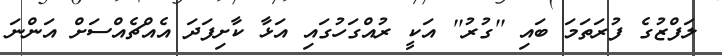
ލަފްޒުގެ ފުރަތަމަ ބައި ''ގުރު'' އަކީ ރުއްގަހުގައި އަޅާ ކާށިފަދަ އެއްޗެއްސަށް އަންނަ